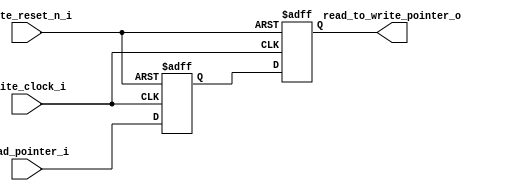
module read_to_write_syn_block
#(
    parameter                       addr_size = 4
)
(
    input                           write_clock_i                               , //clock write domain
    input                           write_reset_n_i                             , //reset active low signal in write domain
    input       [addr_size:0]       read_pointer_i                              , //read pointer from read domain 

    output reg  [addr_size:0]       read_to_write_pointer_o                       //read to write pointer
);
    reg         [addr_size:0]       temp_read_to_write_pointer                  ; //temp variable for synchronize read -> write

    always @(posedge write_clock_i, negedge write_reset_n_i) 
    begin
        if (~write_reset_n_i)
            {read_to_write_pointer_o, temp_read_to_write_pointer} <= 0          ;
        else
            {read_to_write_pointer_o, temp_read_to_write_pointer} <= 
                {temp_read_to_write_pointer, read_pointer_i}                    ;
    end 

endmodule